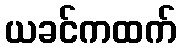
ယခင်ကထက်